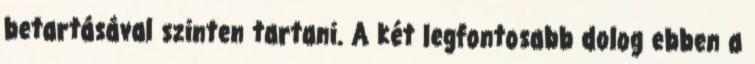
betartásával szinten tartani. A két legfontosabb dolog ebben a